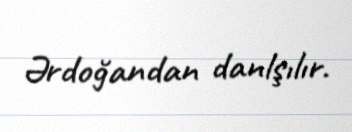
Ərdoğandan danlşılır.